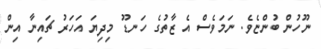
ނޫހުން ބުންޏެވެ. ނަމަވެސް އެ ޒާތުގެ ހަނޑޫ މިދިޔަ އަހަރު ޗައިނާ އިން